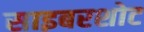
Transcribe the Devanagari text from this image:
साइबरशोट